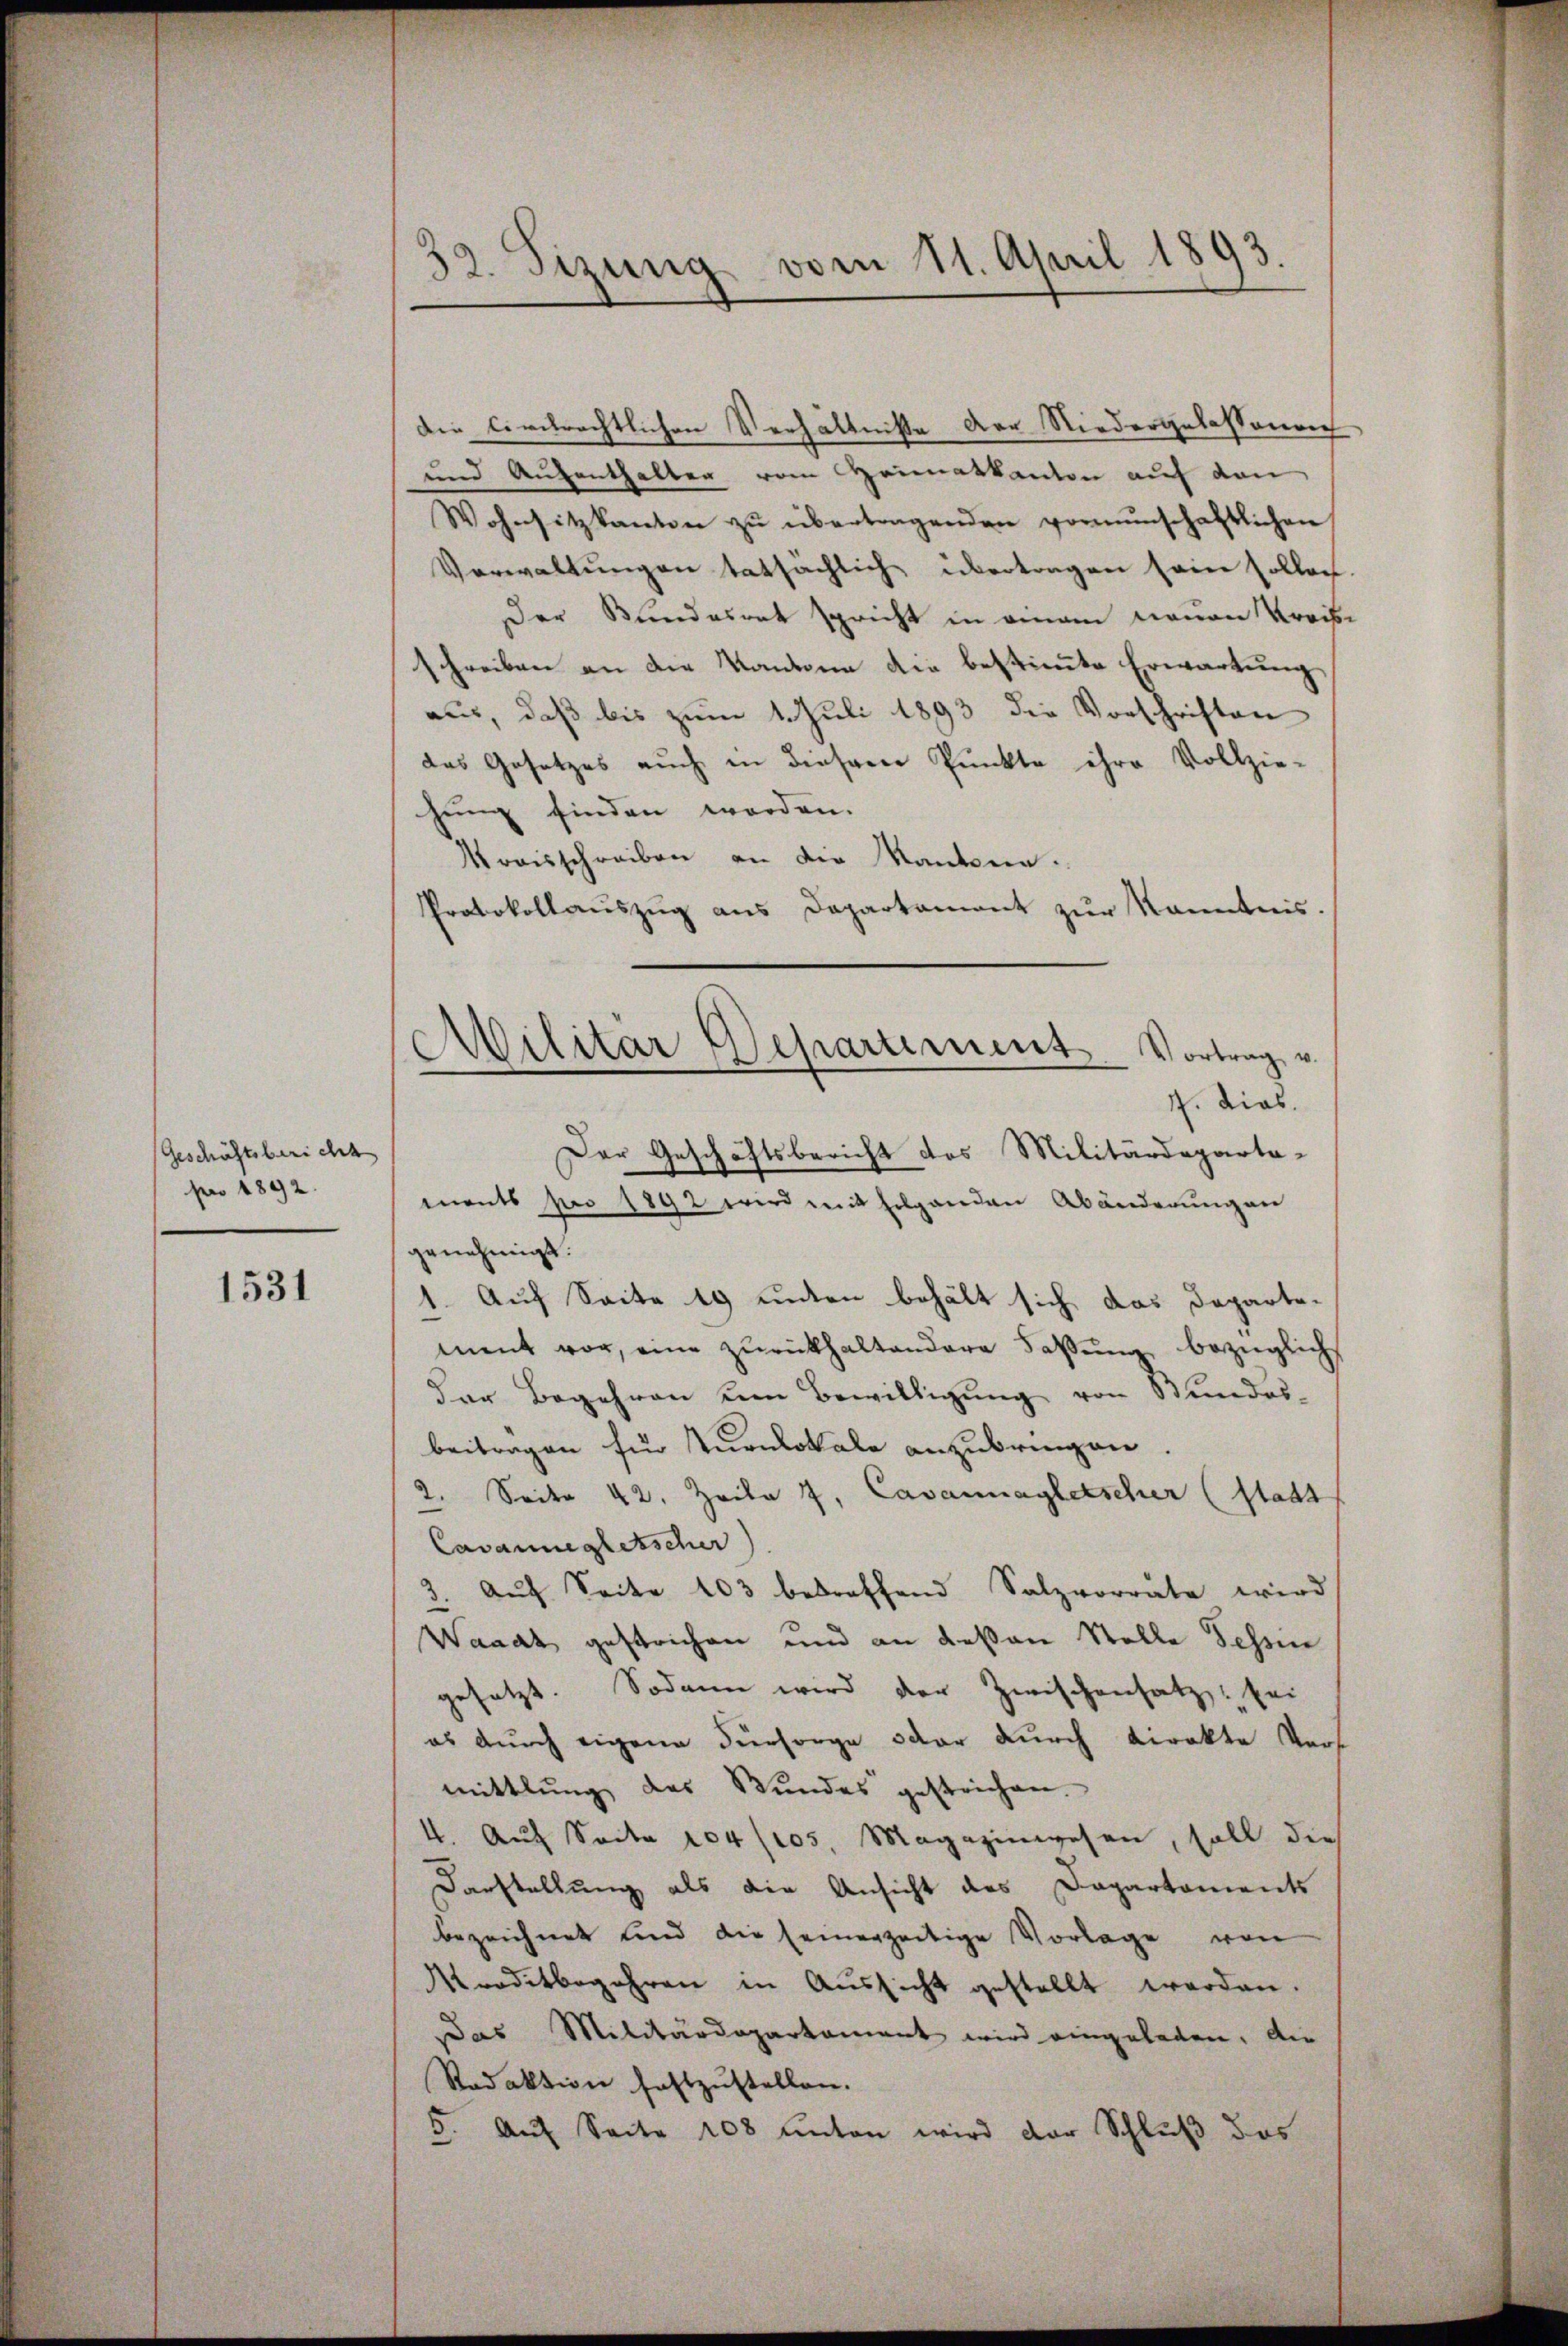
Geschäftsbericht
pro 1892.

1531

Die Civilrechtlichen Verhältnisse der Niedergelassene
und Aufenthalter vom Heimatkanton auf den
Wohnsitz kanton zŭ übertragenden vormŭnschaftlichen
Verwaltungen tatsächlich übertragen sein sollen.
Der Bundesrat spricht in einem neuen Kreibe
schreiben an die Kantone die bestimmte Erwartung
aus, daß bis zum 1. Juli 1893 die Vorschriften
das Gesetzes auch in diesem Punkte ihre Vollzie-
hung finden worden.
Wraisschreiben an die Kantone.
Protokollauszug aus Departament zur Kenntnis.

32. Sizung vom 11. April 1893.

Militär Departement. Vortrag v.
4. dies
Der Geschäftsbericht des Militärdeparta-

ments pro 1892 wird mit folgenden Abänderungen
genehmigt.
1. Auf Seite 19 unten behält sich das Departement vor, eine zurückhaltendere Fassung, bezüglich
der Begehren um Bewilligung von Stundes-
beitragen für sturnlokale anzubringen.
2. Seite 42. Zeile 7, Cavannagletscher (statt
Cavannegletscher
3. Auf Seite 103 betreffend Salzvorrate wird
2
Waadt gestrichen und an dessen Stelle Tessin
gesetzt. Sodann wird der Zwischensatz sei
es durch eigene Fürsorge oder durch direkte Vers
mittlung des Stundes gestrichen.
4. Auf Seite 184/105 Magazinwesen, soll die
Darstellung als die Ansicht des Dapartaments
bezeichnet und die seinerzeitige Vorlage von
Mraditbegehren in Aŭssicht gestellt werden.
Das Militärdepartament wird eingeladen. Die
Redaktion festzustellen.
5. auf Seite 108 unten wird der Schluß das